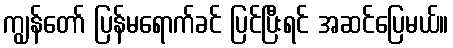
ကျွန်တော် ပြန်မရောက်ခင် ပြင်ပြီးရင် အဆင်ပြေမယ်။